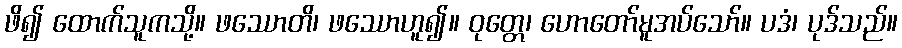
ဖိ၍ ထောက်သူကသို့။ ဖဿောတိ၊ ဖဿောဟူ၍။ ဝုတ္တေ၊ ဟောတော်မူအပ်သော်။ ပဒံ၊ ပုဒ်သည်။